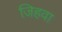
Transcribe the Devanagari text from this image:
जिहवा